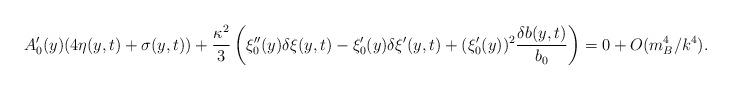
LaTeX: \begin{align*}A_0^\prime(y)(4\eta(y,t)+\sigma(y,t))+\frac{\kappa^2}{3}\left(\xi_0^{\prime \prime}(y)\delta \xi(y,t)-\xi_0^\prime(y) \delta \xi^\prime(y,t)+(\xi_0^\prime (y))^2\frac{\delta b(y,t)}{b_0}\right)=0+ O(m_B^4/k^4).\end{align*}